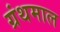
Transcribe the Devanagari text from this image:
ग्रंथमाल